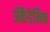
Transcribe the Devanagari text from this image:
ॲकॅडेमिक